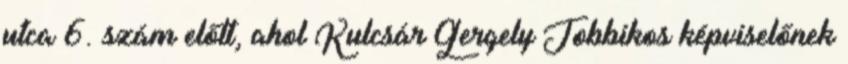
utca 6. szám előtt, ahol Kulcsár Gergely Jobbikos képviselőnek